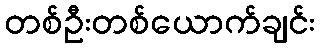
တစ်ဦးတစ်ယောက်ချင်း